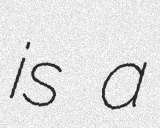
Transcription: is a